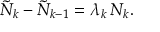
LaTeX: \tilde { N } _ { k } - \tilde { N } _ { k - 1 } = \lambda _ { k } \, N _ { k } .